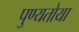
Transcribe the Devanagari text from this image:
पुण्यतोया